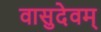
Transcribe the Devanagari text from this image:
वासुदेवम्